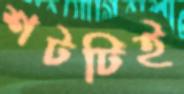
শটটিই